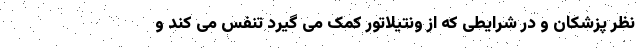
نظر پزشکان و در شرایطی که از ونتیلاتور کمک می گیرد تنفس می کند و